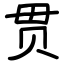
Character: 贯